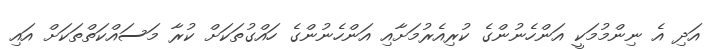
އަދި އެ ނިންމުމަކީ އަންހެނުންގެ ކުރިއެރުމަށާއި އަންހެނުންގެ ހައްގުތަކަށް ކުރާ މަސައްކަތްތަކަށް އައި